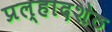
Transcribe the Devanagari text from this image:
प्रल्हादशेठ